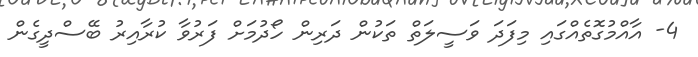
4- އާއްމުގޮތެއްގައި މިފަދަ ވަސީލަތް ތަކުން ދަރިން ހޯދުމަށް ފަރުވާ ކުރާއިރު ބޭސްދީގެން